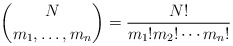
\begin{gather*}\binom{N}{m_1,\ldots,m_n} = \frac{N !}{m_1 ! m_2 ! \cdots m_n !}\end{gather*}